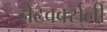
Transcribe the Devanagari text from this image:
नेटवर्क्स्‌नी